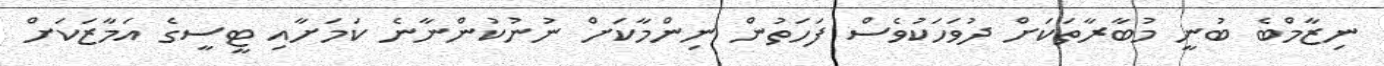
ނިޒާމްބެ ބުނީ މުބާރާތަކަށް ދުވަހަކުވެސް ފަހަތުން ނިންމާކަށް ނުނުކުންނާނެ ކަމަށާއި ޓީސީގެ އަމާޒަކަށް